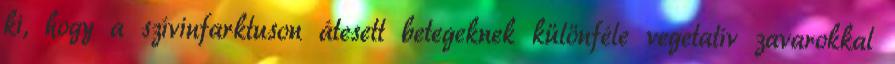
ki, hogy a szívinfarktuson átesett betegeknek különféle vegetatív zavarokkal